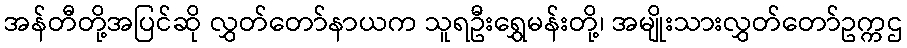
အန်တီတို့အပြင်ဆို လွှတ်တော်နာယက သူရဦးရွှေမန်းတို့၊ အမျိုးသားလွှတ်တော်ဥက္ကဌ